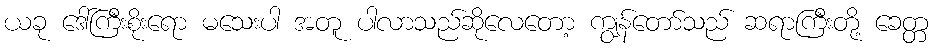
ယခု ဒေါ်ကြီးစိုးရော မသေးပါ အတူ ပါလာသည်ဆိုလေတော့ ကျွန်တော်သည် ဆရာကြီးတို့ ခေတ္တ